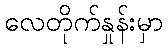
လေတိုက်နှုန်းမှာ